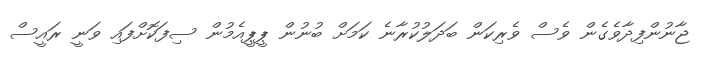
ޖާނުންފިދާވެގެން ވެސް ވެރިކަން ބަދަލުކުރާނެ ކަމަށް ބުނުން ޕީޕީއެމުން ސިފަކޮށްފައި ވަނީ ރައީސް